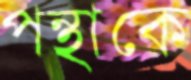
পন্থাকে